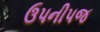
ઉપનીપજ